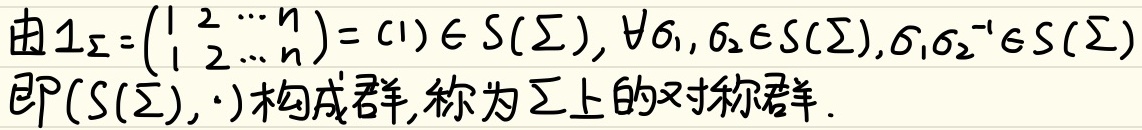
由\(1_{\Sigma}=\begin{pmatrix}1&2&\cdots&n\\1&2&\cdots&n\end{pmatrix}=(1)\in S(\Sigma)\)，\(\forall\sigma_1,\sigma_2\in S(\Sigma)\)，\(\sigma_1\sigma_2^{-1}\in S(\Sigma)\)，即\((S(\Sigma),\cdot)\)构成群，称为\(\Sigma\)上的对称群。